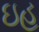
ઇહ